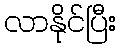
လာနိုင်ပြီး